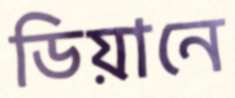
ডিয়ানে